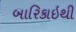
બારિકાઇથી